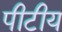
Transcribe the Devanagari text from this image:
पीटीय